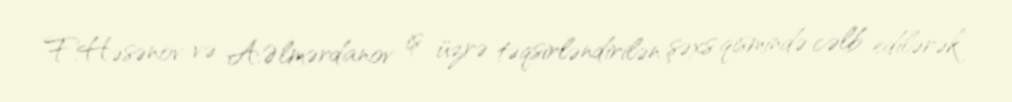
F.Həsənov və A.Əlmərdanov iş üzrə təqsirləndirilən şəxs qismində cəlb edilərək